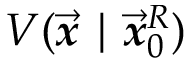
V ( \overrightarrow { \mathbfit { x } } \mid \overrightarrow { \mathbfit { x } } _ { 0 } ^ { R } )